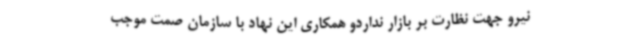
نیرو جهت نظارت بر بازار نداردو همکاری این نهاد با سازمان صمت موجب